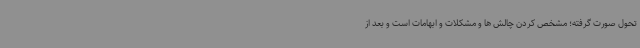
تحول صورت گرفته؛ مشخص کردن چالش ها و مشکلات و ابهامات است و بعد از